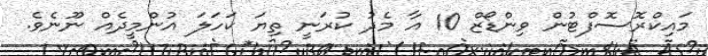
މައިކްރޮސޮފްޓުން ވިންޑޯޒް 10 އާ މެދު ކުރަނީ ތިޔަ ކަހަލަ އުންމީދެއް ނޫނެވެ.